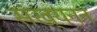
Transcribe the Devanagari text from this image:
संख्यनन